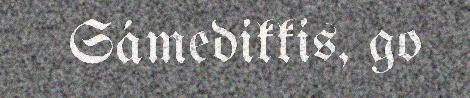
Sámedikkis, go